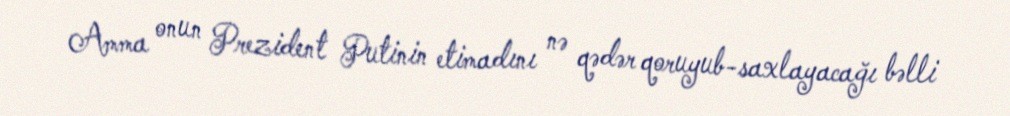
Amma onun Prezident Putinin etimadını nə qədər qoruyub-saxlayacağı bəlli